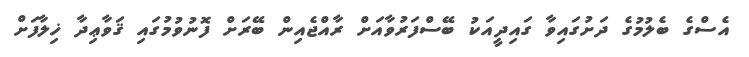
އެސްގެ ބެލުމުގެ ދަށުގައިވާ ގައިދީއަކު ބޭސްފަރުވާއަށް ރާއްޖެއިން ބޭރަށް ފޮނުވުމުގައި ޤަވާޢިދާ ޚިލާފަށް